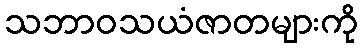
သဘာဝသယံဇာတများကို